Medical and sanitary report of the native army of Bengal for the year
Year: 1876
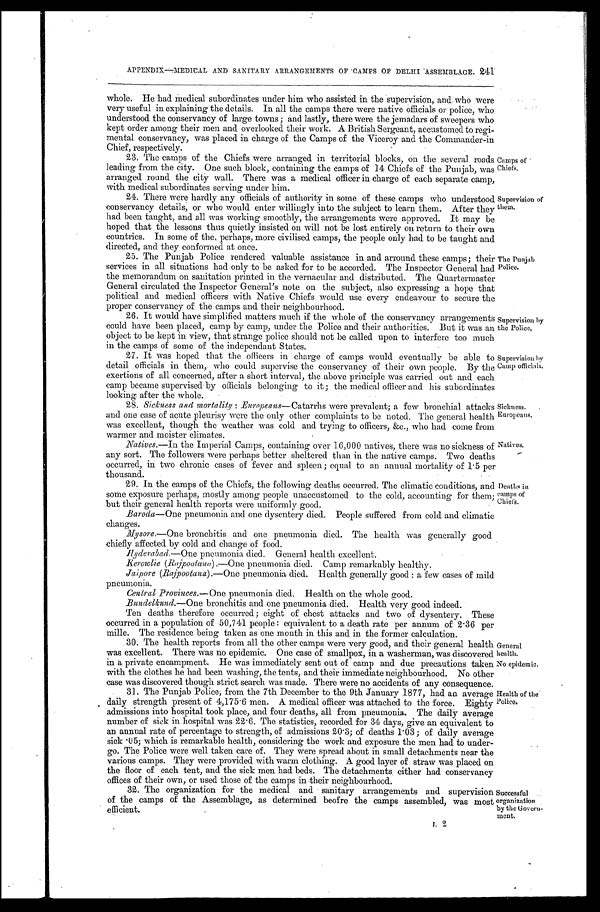
Supervision by
the Police,
Supervision by
Camp officials.
APPENDIX—MEDICAL AND SANITARY ARRANGEMENTS OF CAMPS OF DELHI ASSEMBLAGE. 241
whole. He had medical subordinates under him who assisted in the supervision, and who were
very useful in explaining the details. In all the camps there were native officials or police, who
understood the conservancy of large towns ; and lastly, there were the jemadars of sweepers who
kept order among their men and overlooked their work. A British Sergeant, accustomed to regi-
mental conservancy, was placed in charge of the Camps of the Viceroy and the Commander-in
Chief, respectively.
23. The camps of the Chiefs were arranged in territorial blocks, on the several roads
leading from the city. One such block, containing the camps of 14 Chiefs of the Punjab, was
arranged round the city wall. There was a medical officer in charge of each separate camp,
with medical subordinates serving under him.
Camps of
Chiefs,
Supervision of
them.
24. There were hardly any officials of authority in some of these camps who understood
conservancy details, or who would enter willingly into the subject to learn them. After they
had been taught, and all was working smoothly, the arrangements were approved. It may be
hoped that the lessons thus quietly insisted on will not be lost entirely on return to their own
countries. In some of the, perhaps, more civilised camps, the people only had to be taught and
directed, and they conformed at once.
25. The Punjab Police rendered valuable assistance in and arround these camps; their
services in all situations had only to be asked for to be accorded. The Inspector General had
the memorandum on sanitation printed in the vernacular and distributed. The Quartermaster
General circulated the Inspector General's note on the subject, also expressing a hope that
Political and medical officers with Native Chiefs would use every endeavour to secure the
proper conservancy of the camps and their neighbourhood.
The Punjab
Police.
26. It would have simplified matters much if the whole of the conservancy arrangements
could have been placed, camp by camp, under the Police and their authorities. But it was an
object to be kept in view, that strange police should not be called upon to interfere too much
in the camps of some of the independant States.
It was hoped that the officers in charge of camps would eventually be able to
detail officials in them, who could supervise the conservancy of their own people. By the
exertions of all concerned, after a short interval, the above principle was carried out and each
camp became supervised by officials belonging to it; the medical officer and his subordinates
looking after the whole.
Sickness.
Europeans.
Sickness and mortality : Europeans—Catarrhs were prevalent; a tew bronchial attacks
and one case of acute pleurisy were the only other complaints to be noted. The general health
was excellent, though the weather was cold and trying to officers, &c., who had come from
warmer
and moister climates.
Natives.—In the Imperial Camps, containing over 1.6,000 natives, there was no sickness of
any sort. The followers were perhaps better sheltered than in the native camps. Two deaths
occurred, in two chronic cases of fever and spleen; equal to an annual mortality of 1 . 5 per
thousand.
Natives.
Deaths in
camps of
Chiefs.
29. In the camps of the Chiefs, the following deaths occurred. The climatic conditions, and
some exposure perhaps, mostly among people unaccustomed to the cold, accounting for them;
but their general health reports were uniformly good.
Baroda—One pneumonia and one dysentery died. People suffered from cold and climatic
changes.
Mysore.—One bronchitis and one pneumonia died. The health was generally good
chiefly affected by cold and change of food.
Hyderabad.—One pneumonia died. General health excellent.
Kerowlie (Rajpootanu),—One pneumonia died. Camp remarkably healthy.
Jaipore(Rajpootana.—One pneumonia died. Health generally good : a few cases of mild
pneumonia.
Central Provinces.— One pneumonia died. Health on the whole good.
Bundelkund.—One bronchitis and one pneumonia died. Health very good indeed.
Ten deaths therefore occurred; eight of chest attacks and two of dysentery. These
occurred in a population of 50,741 people : equivalent to a death rate per annum of 2 . 36 per
mille. The residence being taken as one month in this and in the former calculation.
30. The health reports from all the other camps were very good, and their general health
was excellent. There was no epidemic. One case of smallpox, in a washerman, was discovered
in a private encampment. He was immediately sent out of camp and due precautions taken
with the clothes he had been washing, the tents, and their immediate neighbourhood. No other
case was discovered though strict search was made. There were no accidents of any consequence.
General
health.
No epidemic.
Health of the
Police.
Successful
organization
by the Govern--
ment.
31. The Punjab; Police from the 7th December to me 9th J anuary 1877, had an average
daily strength present of 4,175 . 6 men. A medical officer was attached to the force. Eighty
admissions into hospital took place, and four deaths, all from pneumonia. The daily average
number of sick in hospital was 22 . 6. The statistics, recorded for 34 days, give an equivalent to
an annual rate of percentage to strength, of admissions 20 . 3; of deaths 1 . 03; of daily average
sick . 05; which is remarkable health, considering the work and exposure the men had to under-
go. The Police were well taken care of. They were spread about in small detachments near the
various camps. They were provided with warm clothing. A good layer of straw was placed on
the floor of each tent, and the sick men had beds. The detachments. either had conservancy
offices of their own, or used those of the cam ps in their neighbourhood.
32. The organization for the medical and sanitary arrangements and supervision
of the camps of the Assemblage, as determined beofre the camps assembled, was most
e e f f i c i e n t .
2